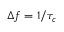
\Delta f = 1 / \tau _ { c }